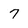
Character: 7